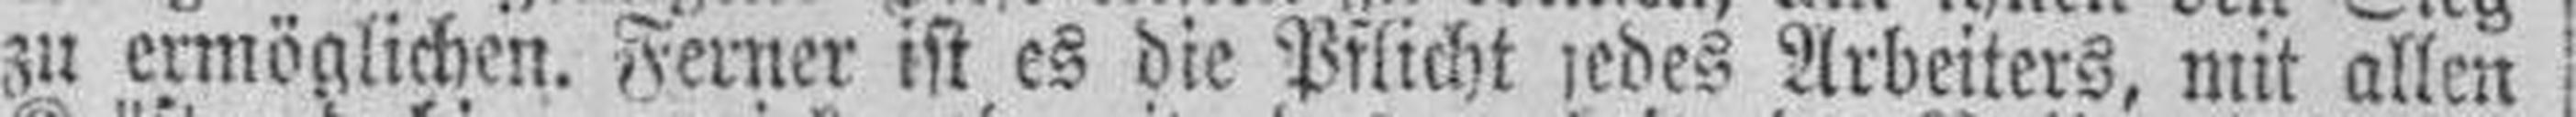
zu ermöglichen. Ferner ist es die Pflicht jedes Arbeiters, mit allen